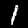
Label: 1